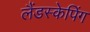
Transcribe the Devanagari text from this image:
लैंडस्केपिंग